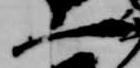
一